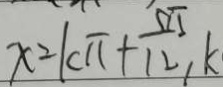
x = k \pi + \frac { 5 \pi } { 1 2 } k